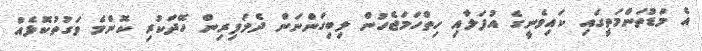
އެ މަޑުތަންމަތީގައި ކައިވެނީގެ އުފަލާއި ހިތްހަމަޖެހުން ލިބިގަންނަން ދެމަފިރިން ހޭދަކުރި ކޮންމެ ވަގުތުކޮޅެއް